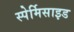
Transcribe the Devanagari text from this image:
स्पेर्मिसाइड